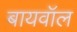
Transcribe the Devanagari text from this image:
बायवॉल